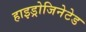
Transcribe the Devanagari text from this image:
हाइड्रोजिनेटेड